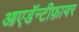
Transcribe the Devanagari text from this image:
आएडॅन्टीफ़ायर